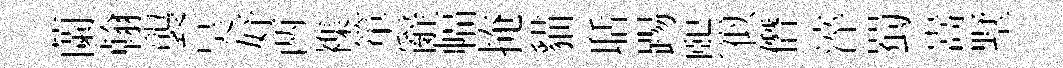
蘭翰襲吴妤两襍箪辭幅掩貓聒踢煕似僭淬蜀嵩墅